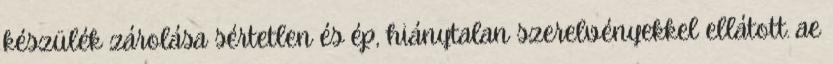
készülék zárolása sértetlen és ép, hiánytalan szerelvényekkel ellátott. ae